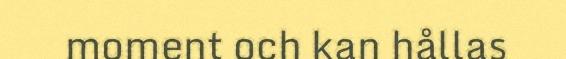
moment och kan hållas